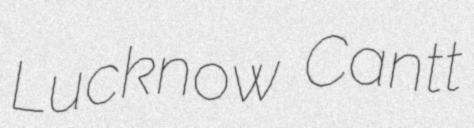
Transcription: Lucknow Cantt